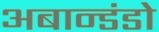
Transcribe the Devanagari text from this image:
अबान्डंडो